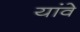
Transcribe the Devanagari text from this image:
यांवे